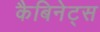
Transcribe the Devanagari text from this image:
कैबिनेट्स